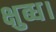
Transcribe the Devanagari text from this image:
क्षुब्ध।